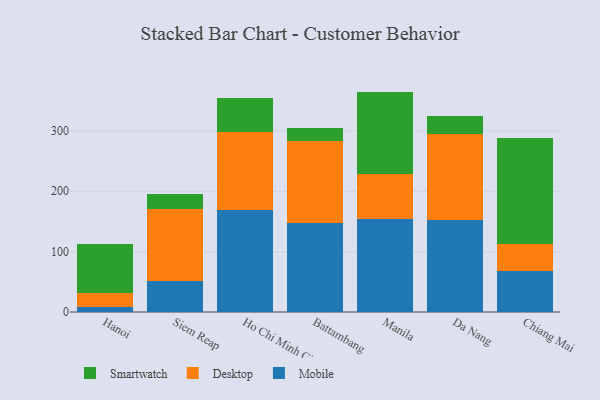
{"axis": {"x": "City", "y": "Revenue (USD Million)"}, "legend": ["Desktop", "Mobile", "Smartwatch"], "data": [{"x": "Hanoi", "y": 7.5, "type": "Mobile"}, {"x": "Hanoi", "y": 23.7, "type": "Desktop"}, {"x": "Hanoi", "y": 80.6, "type": "Smartwatch"}, {"x": "Siem Reap", "y": 50.6, "type": "Mobile"}, {"x": "Siem Reap", "y": 120.2, "type": "Desktop"}, {"x": "Siem Reap", "y": 25.1, "type": "Smartwatch"}, {"x": "Ho Chi Minh City", "y": 168.6, "type": "Mobile"}, {"x": "Ho Chi Minh City", "y": 129.8, "type": "Desktop"}, {"x": "Ho Chi Minh City", "y": 55.9, "type": "Smartwatch"}, {"x": "Battambang", "y": 146.8, "type": "Mobile"}, {"x": "Battambang", "y": 135.7, "type": "Desktop"}, {"x": "Battambang", "y": 21.6, "type": "Smartwatch"}, {"x": "Manila", "y": 154.3, "type": "Mobile"}, {"x": "Manila", "y": 75.0, "type": "Desktop"}, {"x": "Manila", "y": 135.7, "type": "Smartwatch"}, {"x": "Da Nang", "y": 152.3, "type": "Mobile"}, {"x": "Da Nang", "y": 142.7, "type": "Desktop"}, {"x": "Da Nang", "y": 29.3, "type": "Smartwatch"}, {"x": "Chiang Mai", "y": 67.3, "type": "Mobile"}, {"x": "Chiang Mai", "y": 45.1, "type": "Desktop"}, {"x": "Chiang Mai", "y": 176.0, "type": "Smartwatch"}]}